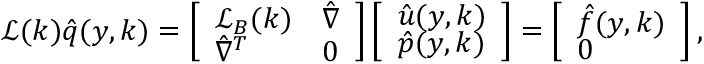
\mathcal { L } ( \boldsymbol { k } ) \boldsymbol { \hat { q } } ( y , \boldsymbol { k } ) = \left[ \begin{array} { l l } { \mathcal { L } _ { B } ( \boldsymbol { k } ) } & { \hat { \nabla } } \\ { \hat { \nabla } ^ { T } } & { 0 } \end{array} \right] \left[ \begin{array} { l } { \boldsymbol { \hat { u } } ( y , \boldsymbol { k } ) } \\ { \hat { p } ( y , \boldsymbol { k } ) } \end{array} \right] = \left[ \begin{array} { l } { \boldsymbol { \hat { f } } ( y , \boldsymbol { k } ) } \\ { 0 } \end{array} \right] ,